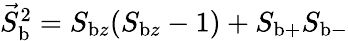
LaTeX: \begin{array}{r}{\vec{S}_{\mathrm{b}}^{2}=S_{\mathrm{b}z}(S_{\mathrm{b}z}-1)+S_{\mathrm{b}+}S_{\mathrm{b}-}}\end{array}